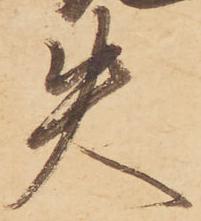
失